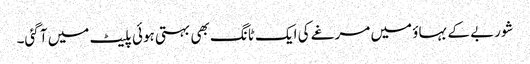
شوربے کے بہاؤ میں مرغے کی ایک ٹانگ بھی بہتی ہوئی پلیٹ میں آ گئی۔